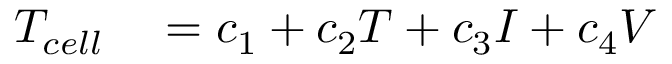
\begin{array} { r l } { T _ { c e l l } } & { { } = c _ { 1 } + c _ { 2 } T + c _ { 3 } I + c _ { 4 } V } \end{array}